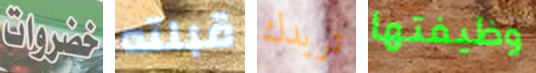
خضروات قبلته تريدك وظيفتها